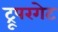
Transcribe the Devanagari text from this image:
ट्रूपरगेट